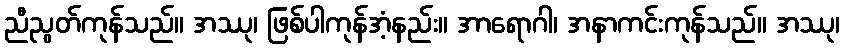
ညီညွတ်ကုန်သည်။ အဿု၊ ဖြစ်ပါကုန်အံ့နည်း။ အာရောဂါ၊ အနာကင်းကုန်သည်။ အဿု၊